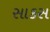
સાકસ